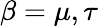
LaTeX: \beta=\mu,\tau